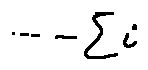
\cdots - \sum i